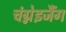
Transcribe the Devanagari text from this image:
चंग्नेइजैंग